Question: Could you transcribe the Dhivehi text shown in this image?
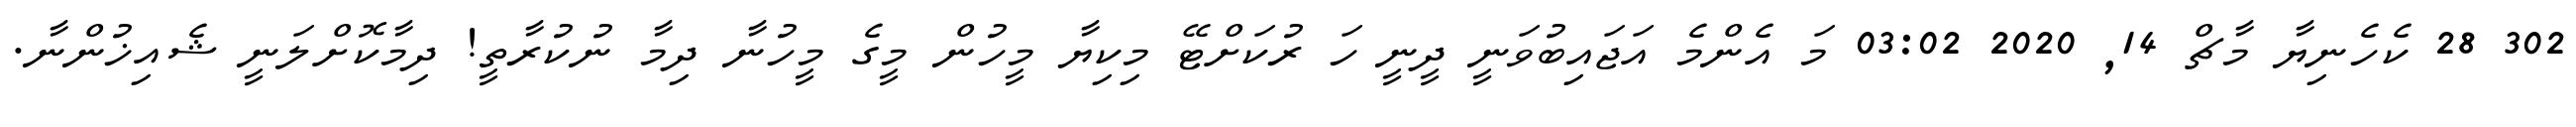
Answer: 302 28 ކެހެނިޔާ މާޗް 14, 2020 03:02 މަ އެންމެ އަޖައިބުވަނީ ދީނީ ހަ ރުކަށްޓޭ މިކިޔާ މީހުން މީގެ މީހުނާ ދިމާ ނުކުރާތީ! ދިމާކޮށްލަނީ ޝެއިޚުންނާ.